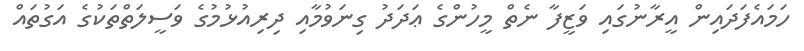
ހަމައެފަދައިން އީރާނުގައި ވަޒީފާ ނެތް މީހުންގެ ޢަދަދު ގިނަވުމާއި ދިރިއުޅުމުގެ ވަސީލަތްތަކުގެ އަގުތައް